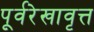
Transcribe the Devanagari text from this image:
पूर्वरेखावृत्त